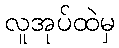
လူအုပ်ထဲမှ